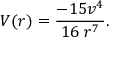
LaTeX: V ( r ) = \frac { - 1 5 v ^ { 4 } } { 1 6 \; r ^ { 7 } } .